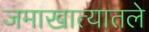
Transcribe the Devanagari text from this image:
जमाखात्यातले